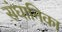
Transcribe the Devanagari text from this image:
संघानिका